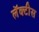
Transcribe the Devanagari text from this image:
लॅक्‍टीस